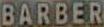
BARBER